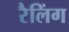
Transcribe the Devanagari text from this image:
रैलिंग